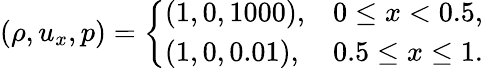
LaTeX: (\rho,u_{x},p)=\left\{ \begin{array}{ll}{(1,0,1000),}&{0\leq x<0.5,}\\ {(1,0,0.01),}&{0.5\leq x\leq 1.}\end{array}\right.